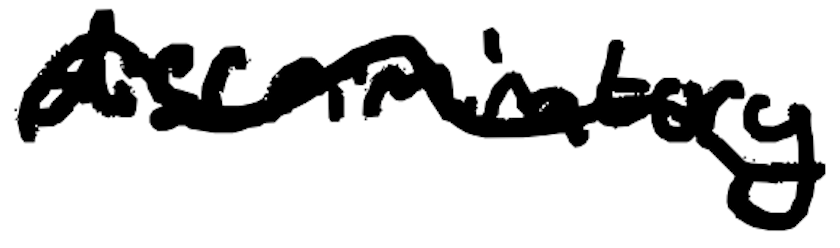
Text: discriminatory
Cross-out: wave
Writing tool: digital_black